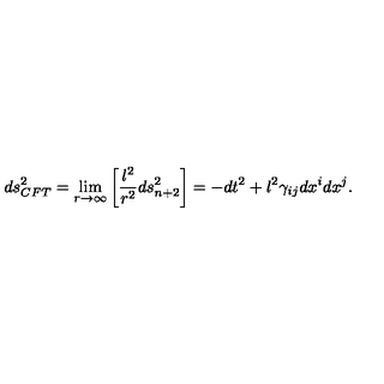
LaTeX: d s _ { C F T } ^ { 2 } = \lim _ { r \to \infty } \left[ { \frac { l ^ { 2 } } { r ^ { 2 } } } d s _ { n + 2 } ^ { 2 } \right] = - d t ^ { 2 } + l ^ { 2 } \gamma _ { i j } d x ^ { i } d x ^ { j } .